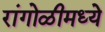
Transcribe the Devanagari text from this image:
रांगोळीमध्ये